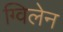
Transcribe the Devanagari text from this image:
ग्विलेन